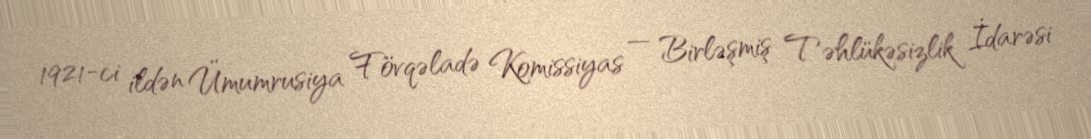
1921-ci ildən Ümumrusiya Fövqəladə Komissiyas — Birləşmiş Təhlükəsizlik İdarəsi